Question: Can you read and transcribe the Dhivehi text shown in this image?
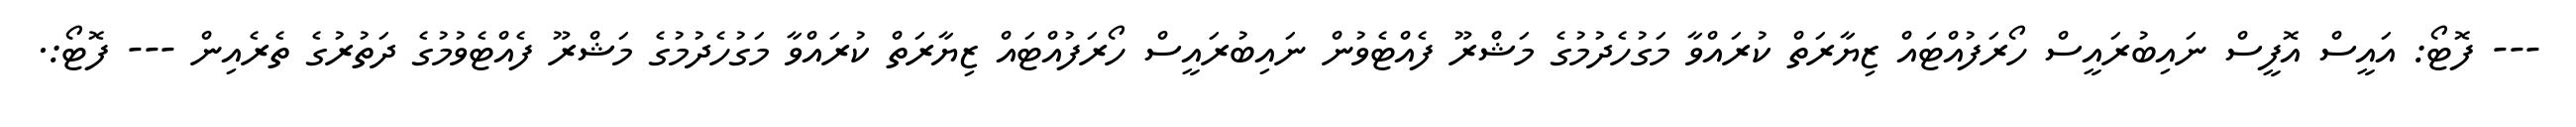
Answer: --- ފޮޓޯ: އައީސް އޮފީސް ނައިބުރައީސް ހޯރަފުއްޓައް ޒިޔާރަތް ކުރައްވާ މަގުހެދުމުގެ މަޝްރޫ ފެއްޓެވުން ނައިބުރައީސް ހޯރަފުއްޓައް ޒިޔާރަތް ކުރައްވާ މަގުހެދުމުގެ މަޝްރޫ ފެއްޓެވުމުގެ ދަތުރުގެ ތެރެއިން --- ފޮޓޯ:.